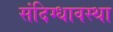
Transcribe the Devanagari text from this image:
संदिग्धावस्था